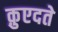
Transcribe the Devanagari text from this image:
क़ुएदते